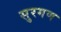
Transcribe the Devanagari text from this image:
सुरगण